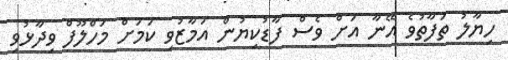
ހިޔާލު ތަފާތުވެ އޭނާ އަށް ވެސް ފާޑުކިޔުން އަމާޒުވި ކަމަށް މަހްލޫފް ވިދާޅުވި